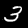
Digit: 3